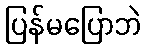
ပြန်မပြောဘဲ